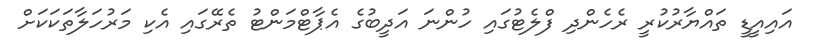
އައިއީޑީ ތައްޔާރުކުރީ ރެހެންދި ފްލެޓުގައި ހުންނަ އަދީބުގެ އެޕާޓްމަންޓު ތެރޭގައި އެކި މަރުހަލާތަކަކަށް